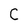
Character: C